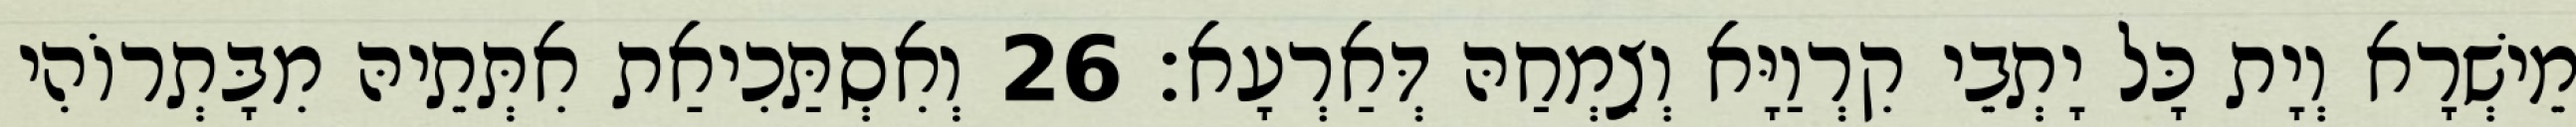
מֵישְׁרָא וְיָת כָּל יָתְבֵי קִרְוַיָּא וְצִמְחַהּ דְּאַרְעָא׃ 26 וְאִסְתַּכִיאַת אִתְּתֵיהּ מִבָּתְרוֹהִי